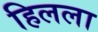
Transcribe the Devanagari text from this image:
हिलला